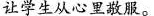
让学生从心里敬服。